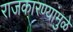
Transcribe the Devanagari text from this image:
राजकारण्यांमुळे